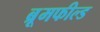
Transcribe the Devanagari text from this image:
ब्रूमफील्ड